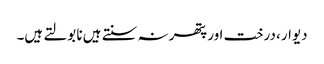
دیوار، درخت اور پتھر نہ سنتے ہیں نا بولتے ہیں۔